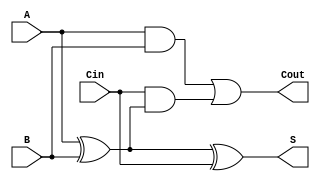
module full_adder (
    input wire A,      // First binary input
    input wire B,      // Second binary input
    input wire Cin,    // Carry-in input
    output wire S,     // Sum output
    output wire Cout   // Carry-out output
);

// Internal signals
wire A_xor_B;

// Sum calculation: S = A  B  Cin
assign A_xor_B = A ^ B; // First XOR for A and B
assign S = A_xor_B ^ Cin; // Second XOR for the sum

// Carry-out calculation: Cout = (A  B) + (Cin  (A  B))
assign Cout = (A & B) | (Cin & A_xor_B); // AND and OR for carry-out

endmodule